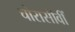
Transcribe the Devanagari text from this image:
चोरासीवीं